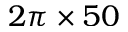
2 \pi \times 5 0